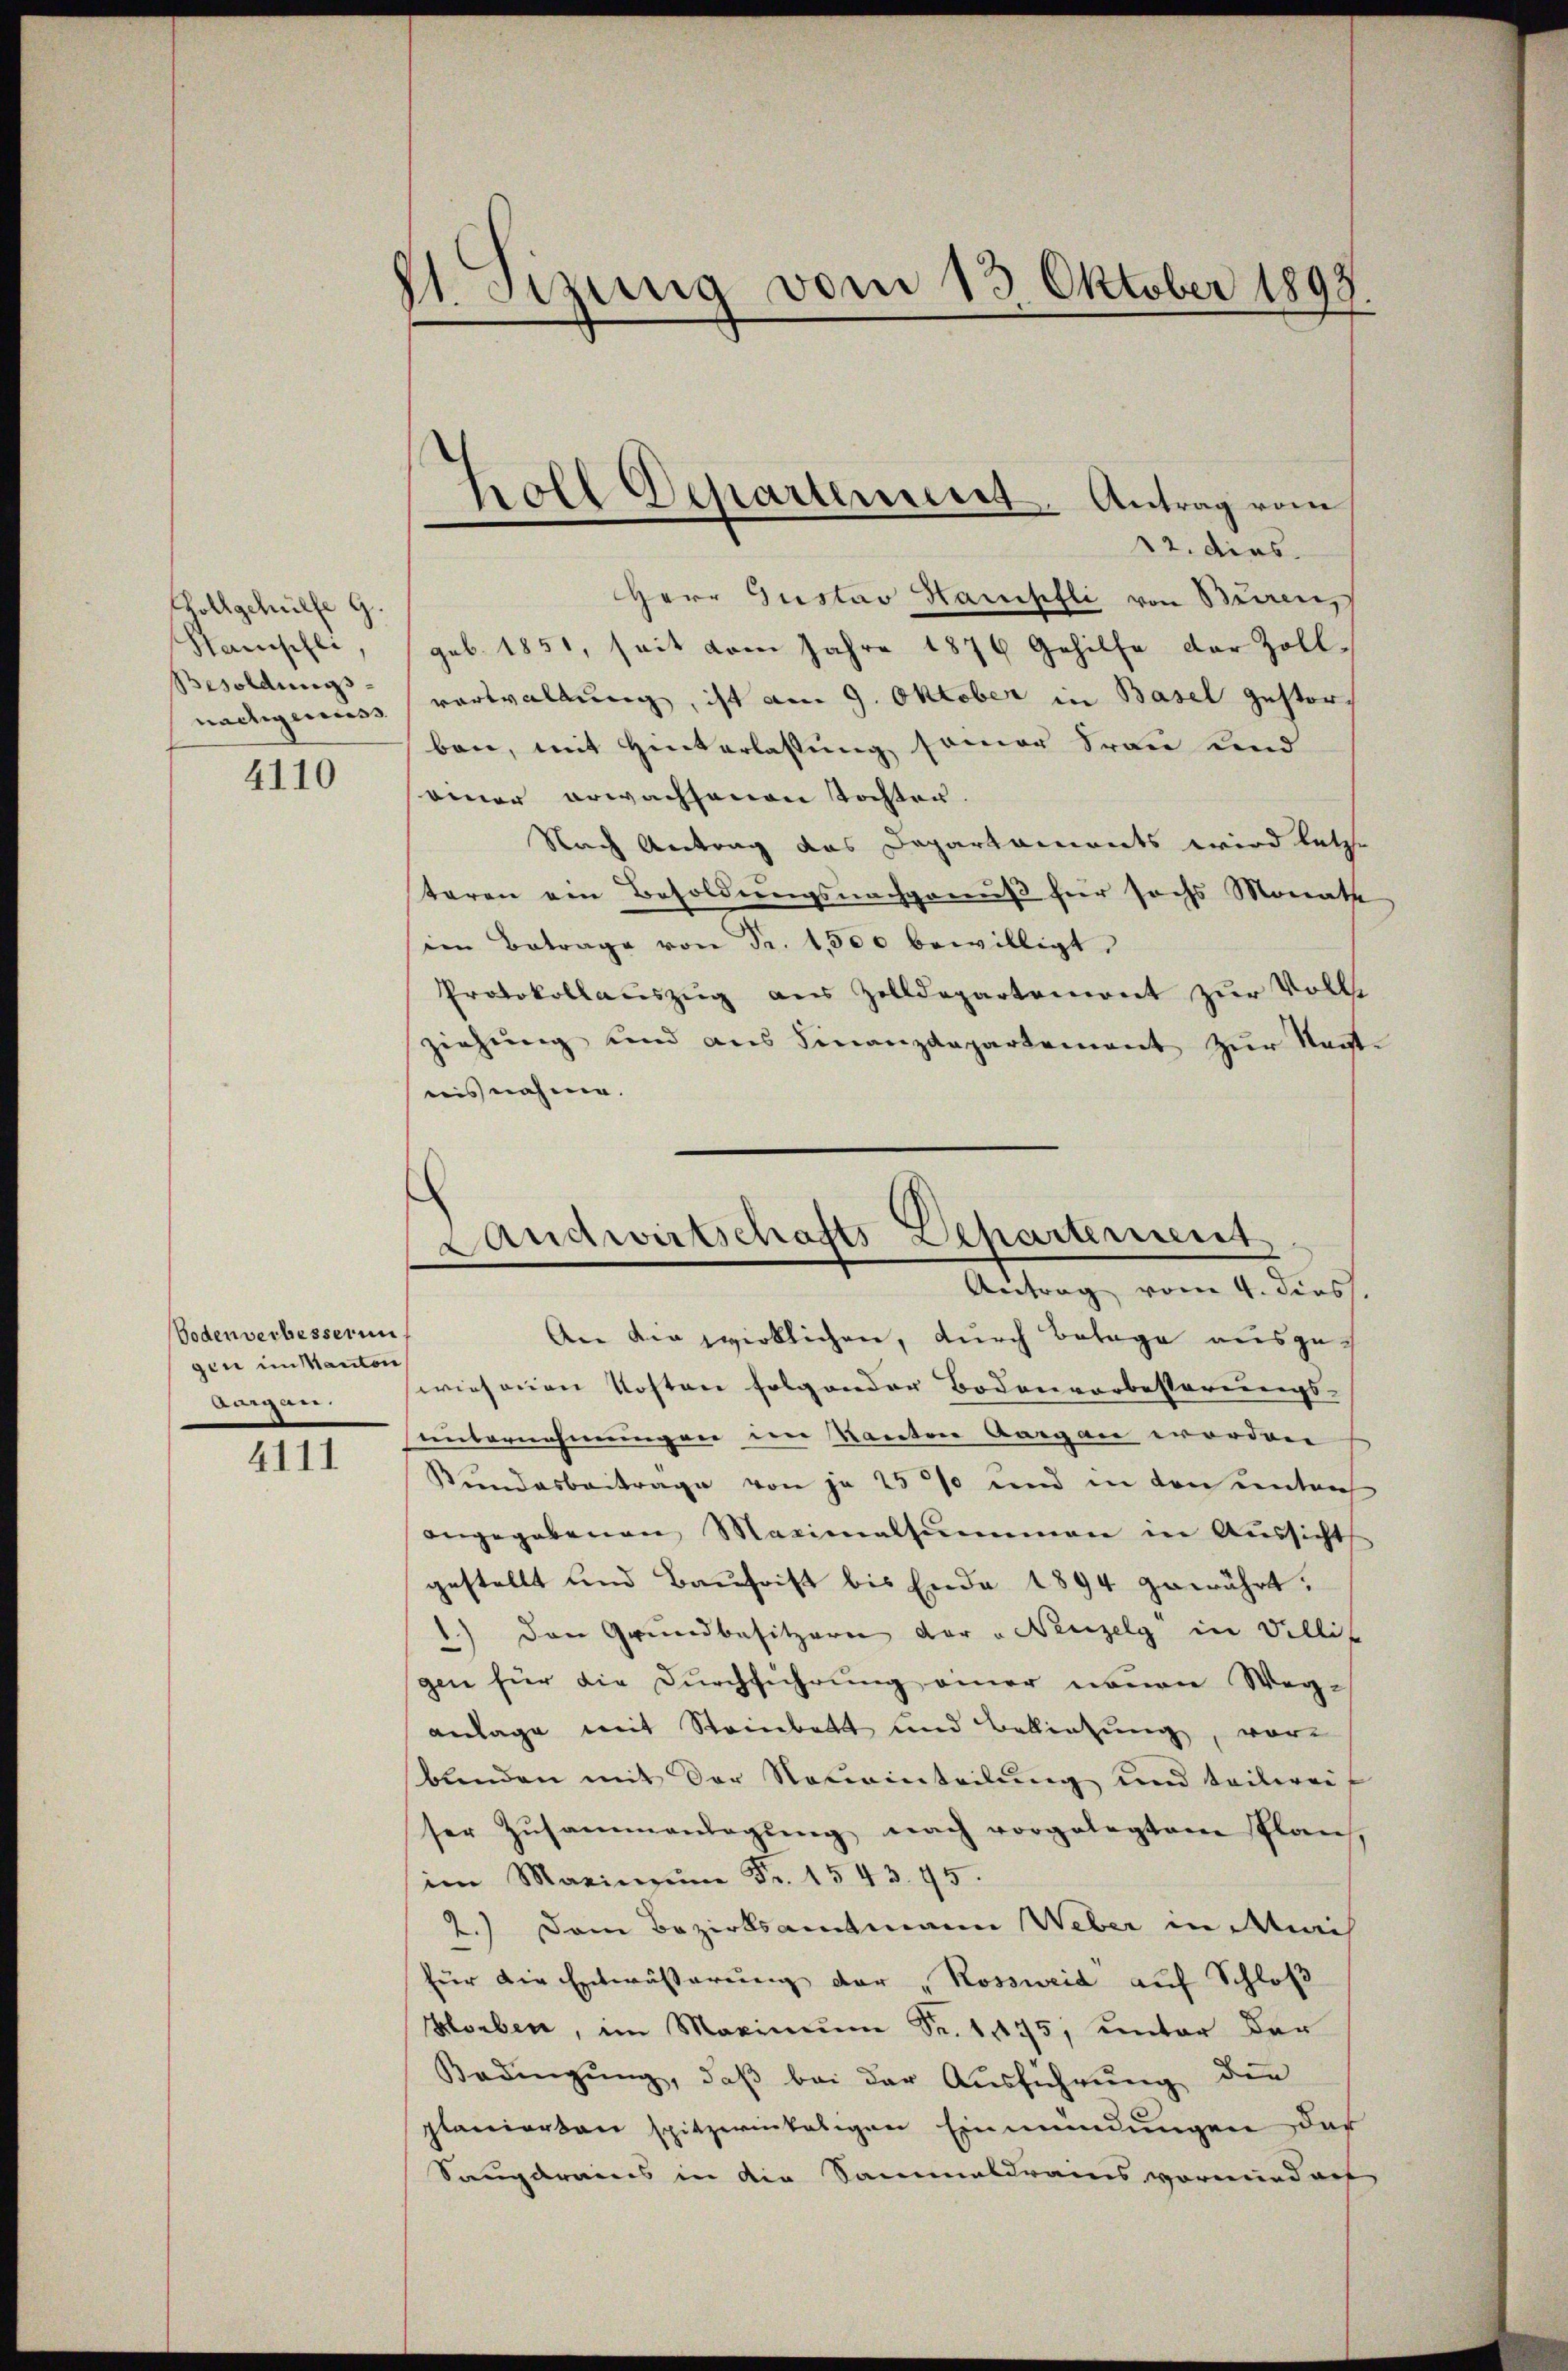
Gollgehülfe G.
Stanischli,
Besoldungs¬

4110

Boden verbesserun
gin im Kanton
Arigen.

4111

11. Jezung vom 13. Oktober 1898.

12. dies
Herr Gustav Hampfli von Beren,
geb. 1851, seit vom Jahre 1876 Gehilfe der Zoll-
nachgenuss vorwaltung, ist am 9. Oktober in Basel gestorben, mit Hinterlassung seiner Frau und
einer erwachsenen Tochten.
Nach Antrag das Departaments wird letzte
taren ein Besoldungsnachgenuß für sochs Monate
im Betrage von Fr. 1,500 bewilligt.
Protokollauszug aus Zolldepartemont zur Voll
ziehung und aus Finanzdepartement zŭr Nachte
nis nahme.

holl Departement. Antrag vom

Landwirtschafts-Departement
Antrag vom 4. dies.

An die zwirklichen, durch Belage ausgeswiesenen Kosten folgender Bodenvorbesserungs-
unternehmungen im Kanton Aargau worden
Bundesbeitrage von je 25% und in den untra
angegebenen Maximalsummen in Aŭssicht
gestellt und Baufrist bis Ende 1894 gewährt.
1.) Den Grundbesitzern der „Neuzelg in Billit
gen für die Durchführung einer neuen Weg-
anlage mit Steinbatt und Bollietung, vor
bŭnden mit der Neueinteilŭng und teilwei
ser Zŭsammenlegŭng nach vorgelegtem Plan,
im Maximŭm Fr. 1543. 45.
2.) Dem Bezirksamtmann Weber in Muris
für die Entwässerung der „Kossweid auf Schloß
Horben, im Maximŭm Fr. 1475, unter der
Bedingung, daβ bei der Ausführung der
planierten spitzerintaligen Einmündungen dar
Saugarais in die Sammeldrains vormiedarf